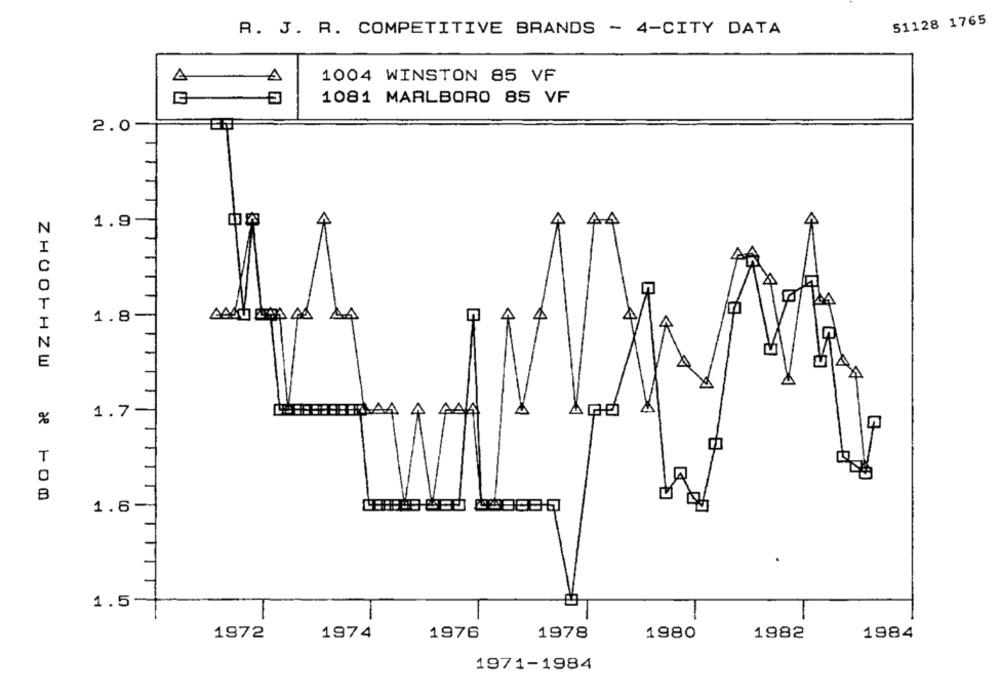
51128 1765
R. J. R. COMPETITIVE BRANDS - 4-CITY DATA
1004 WINSTON 85 VF
A
1081 MARLBORO 85 VF
2.0
1.9
4
44
N
I
T
1.8-
4
I
N
E
1.7
%
n
T
B
1.6-
1.5-
1972
1974
1976
1978
1980
1982
1984
1971-1984